Civil Veterinary Department. Central Provinces & Berar 1925-31 - 1925-1931
Year: 1925
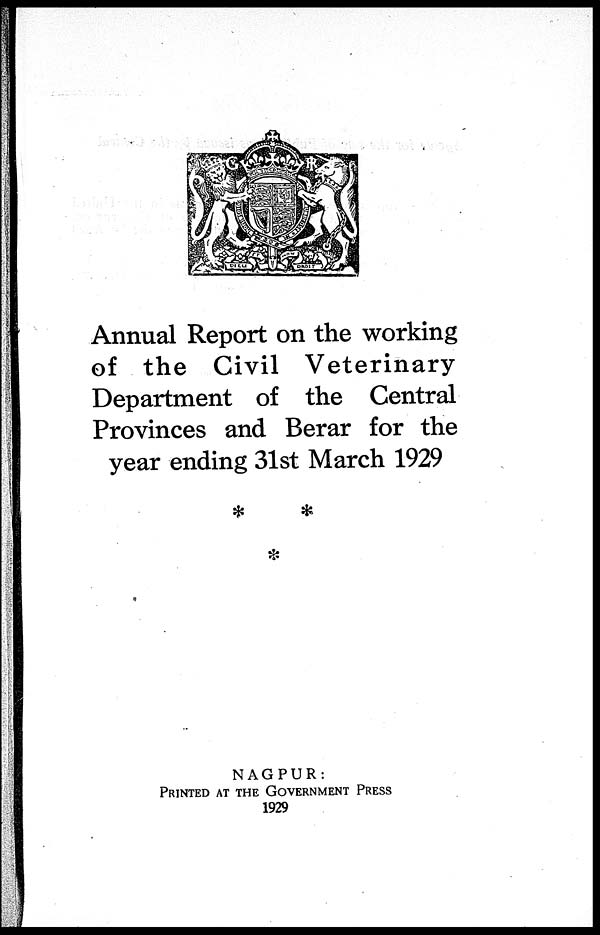
Annual Report on the working
of the Civil Veterinary
Department of the Central
Provinces and Berar for the
year ending 31st March 1929
NAGPUR:
PRINTED AT THE GOVERNFMENT PRESS
1929